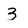
Character: 3